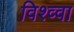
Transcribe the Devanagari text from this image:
विश्व्वा